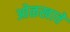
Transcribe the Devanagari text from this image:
ओळखावे